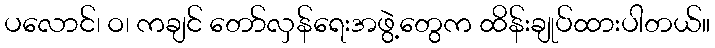
ပလောင်၊ ဝ၊ ကချင် တော်လှန်ရေးအဖွဲ့တွေက ထိန်းချုပ်ထားပါတယ်။